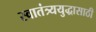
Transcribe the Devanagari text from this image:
स्वातंत्र्ययुद्धासाठी